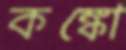
কঙ্কো